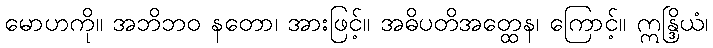
မောဟကို။ အဘိဘဝ နတော၊ အားဖြင့်။ အဓိပတိအတ္ထေန၊ ကြောင့်။ ဣန္ဒြိယံ၊